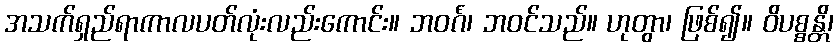
အသက်ရှည်ရာကာလပတ်လုံးလည်းကောင်း။ ဘဝင်္ဂံ၊ ဘဝင်သည်။ ဟုတွာ၊ ဖြစ်၍။ ဝိပစ္စန္တိ၊